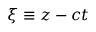
\xi \equiv z - c t